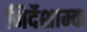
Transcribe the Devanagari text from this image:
निर्देशाम्क